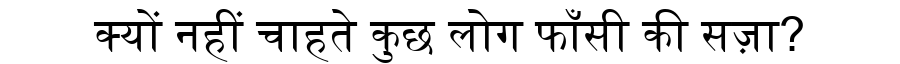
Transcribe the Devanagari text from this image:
क्यों नहीं चाहते कुछ लोग फाँसी की सज़ा?